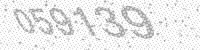
Solution: 059139